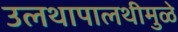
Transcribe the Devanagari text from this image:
उलथापालथीमुळे